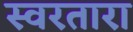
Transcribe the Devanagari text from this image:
स्वरतारा